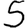
Digit: 5